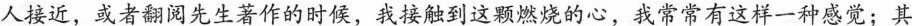
人接近，或者翻阅先生著作的时候，我接触到这颗燃烧的心，我常常有这样一种感觉:其